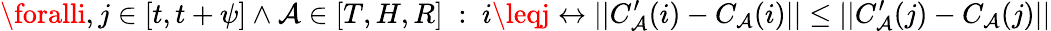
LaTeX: \foralli,j\in[t,t+\psi]\wedge\mathcal{A}\in[T,H,R]\; :\; i\leqj\leftrightarrow||C_{\mathcal{A}}^{\prime}(i)-C_{\mathcal{A}}(i)||\leq||C_{\mathcal{A}}^{\prime}(j)-C_{\mathcal{A}}(j)||